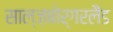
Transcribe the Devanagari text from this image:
साल्ज़बोर्गरलैंड